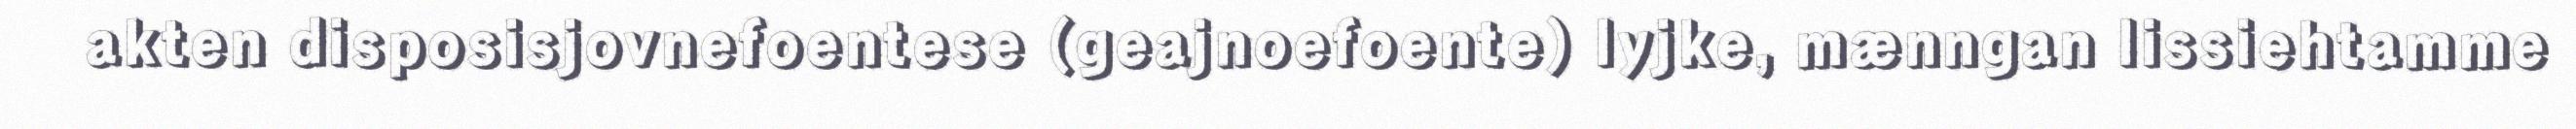
akten disposisjovnefoentese (geajnoefoente) lyjke, mænngan lissiehtamme